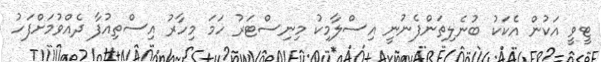
ޓީވީ އަކުން އެކަކު ބުނެލިތަންފެނުނީ އިސްލާމިކު މިނިސްޓަރު ހަމަ މިހާރު އިސްތިއުފާ ދެއްވުމަށްފަހު